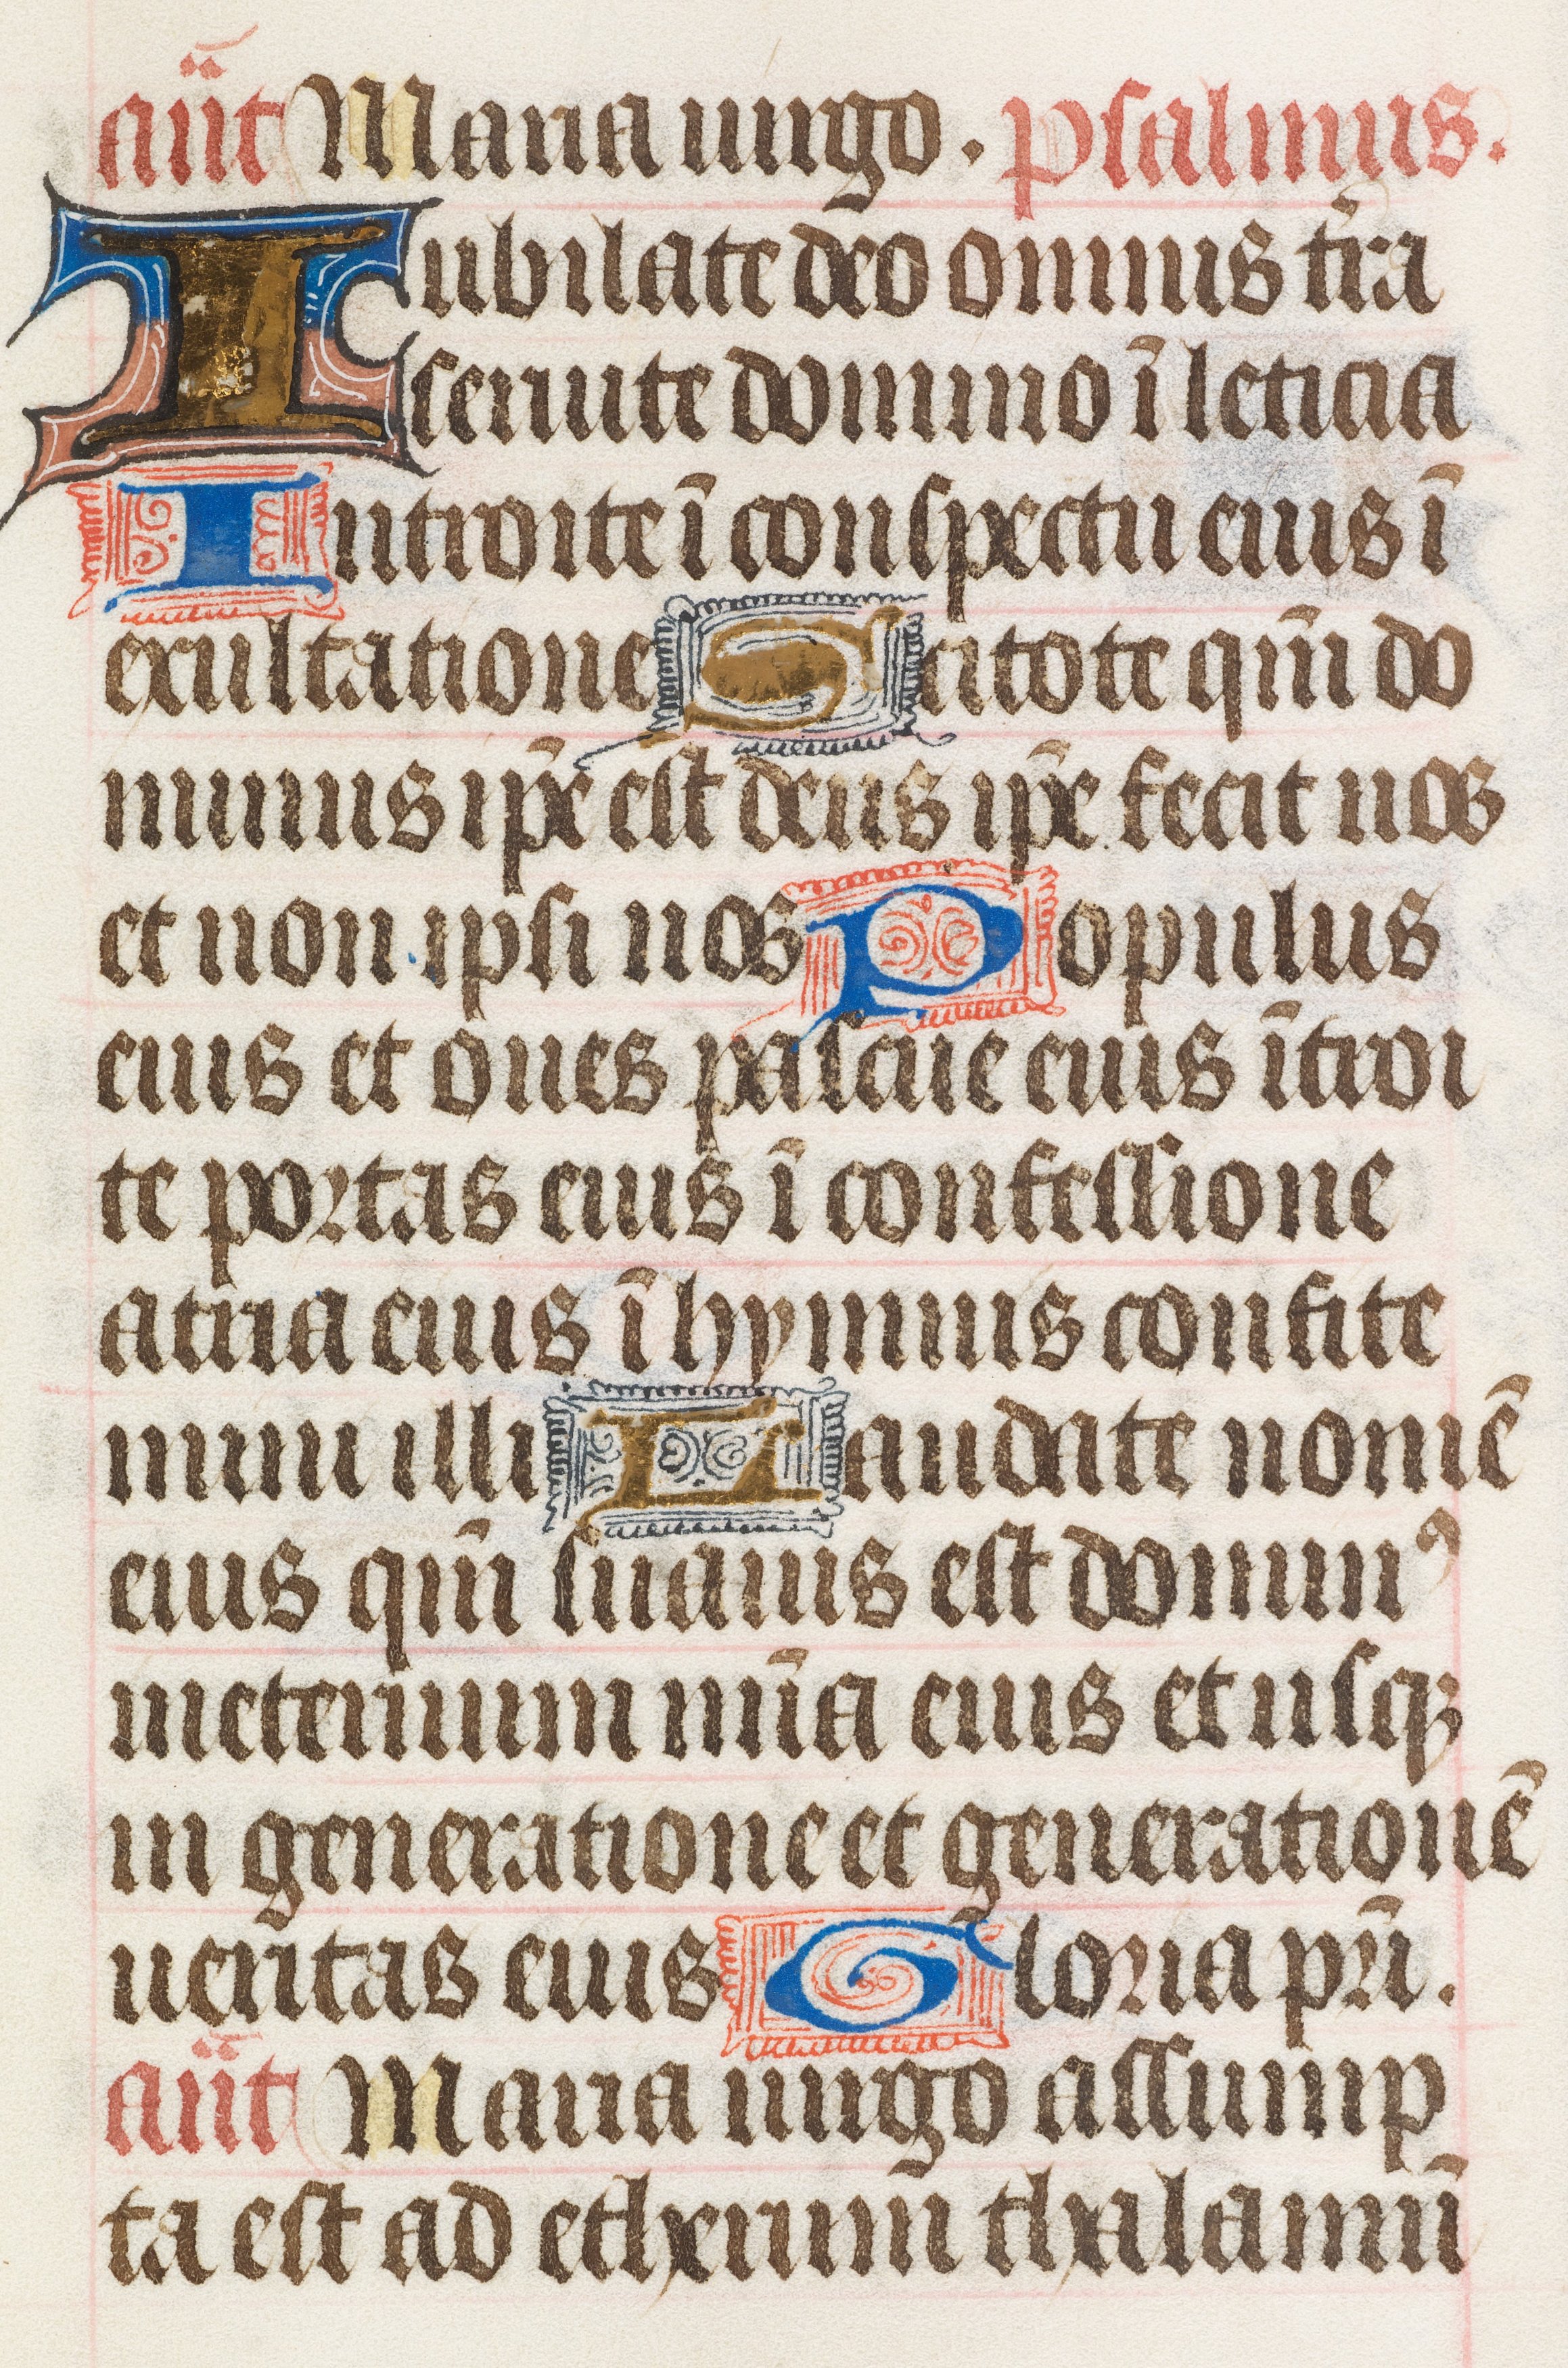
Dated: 1425–1465